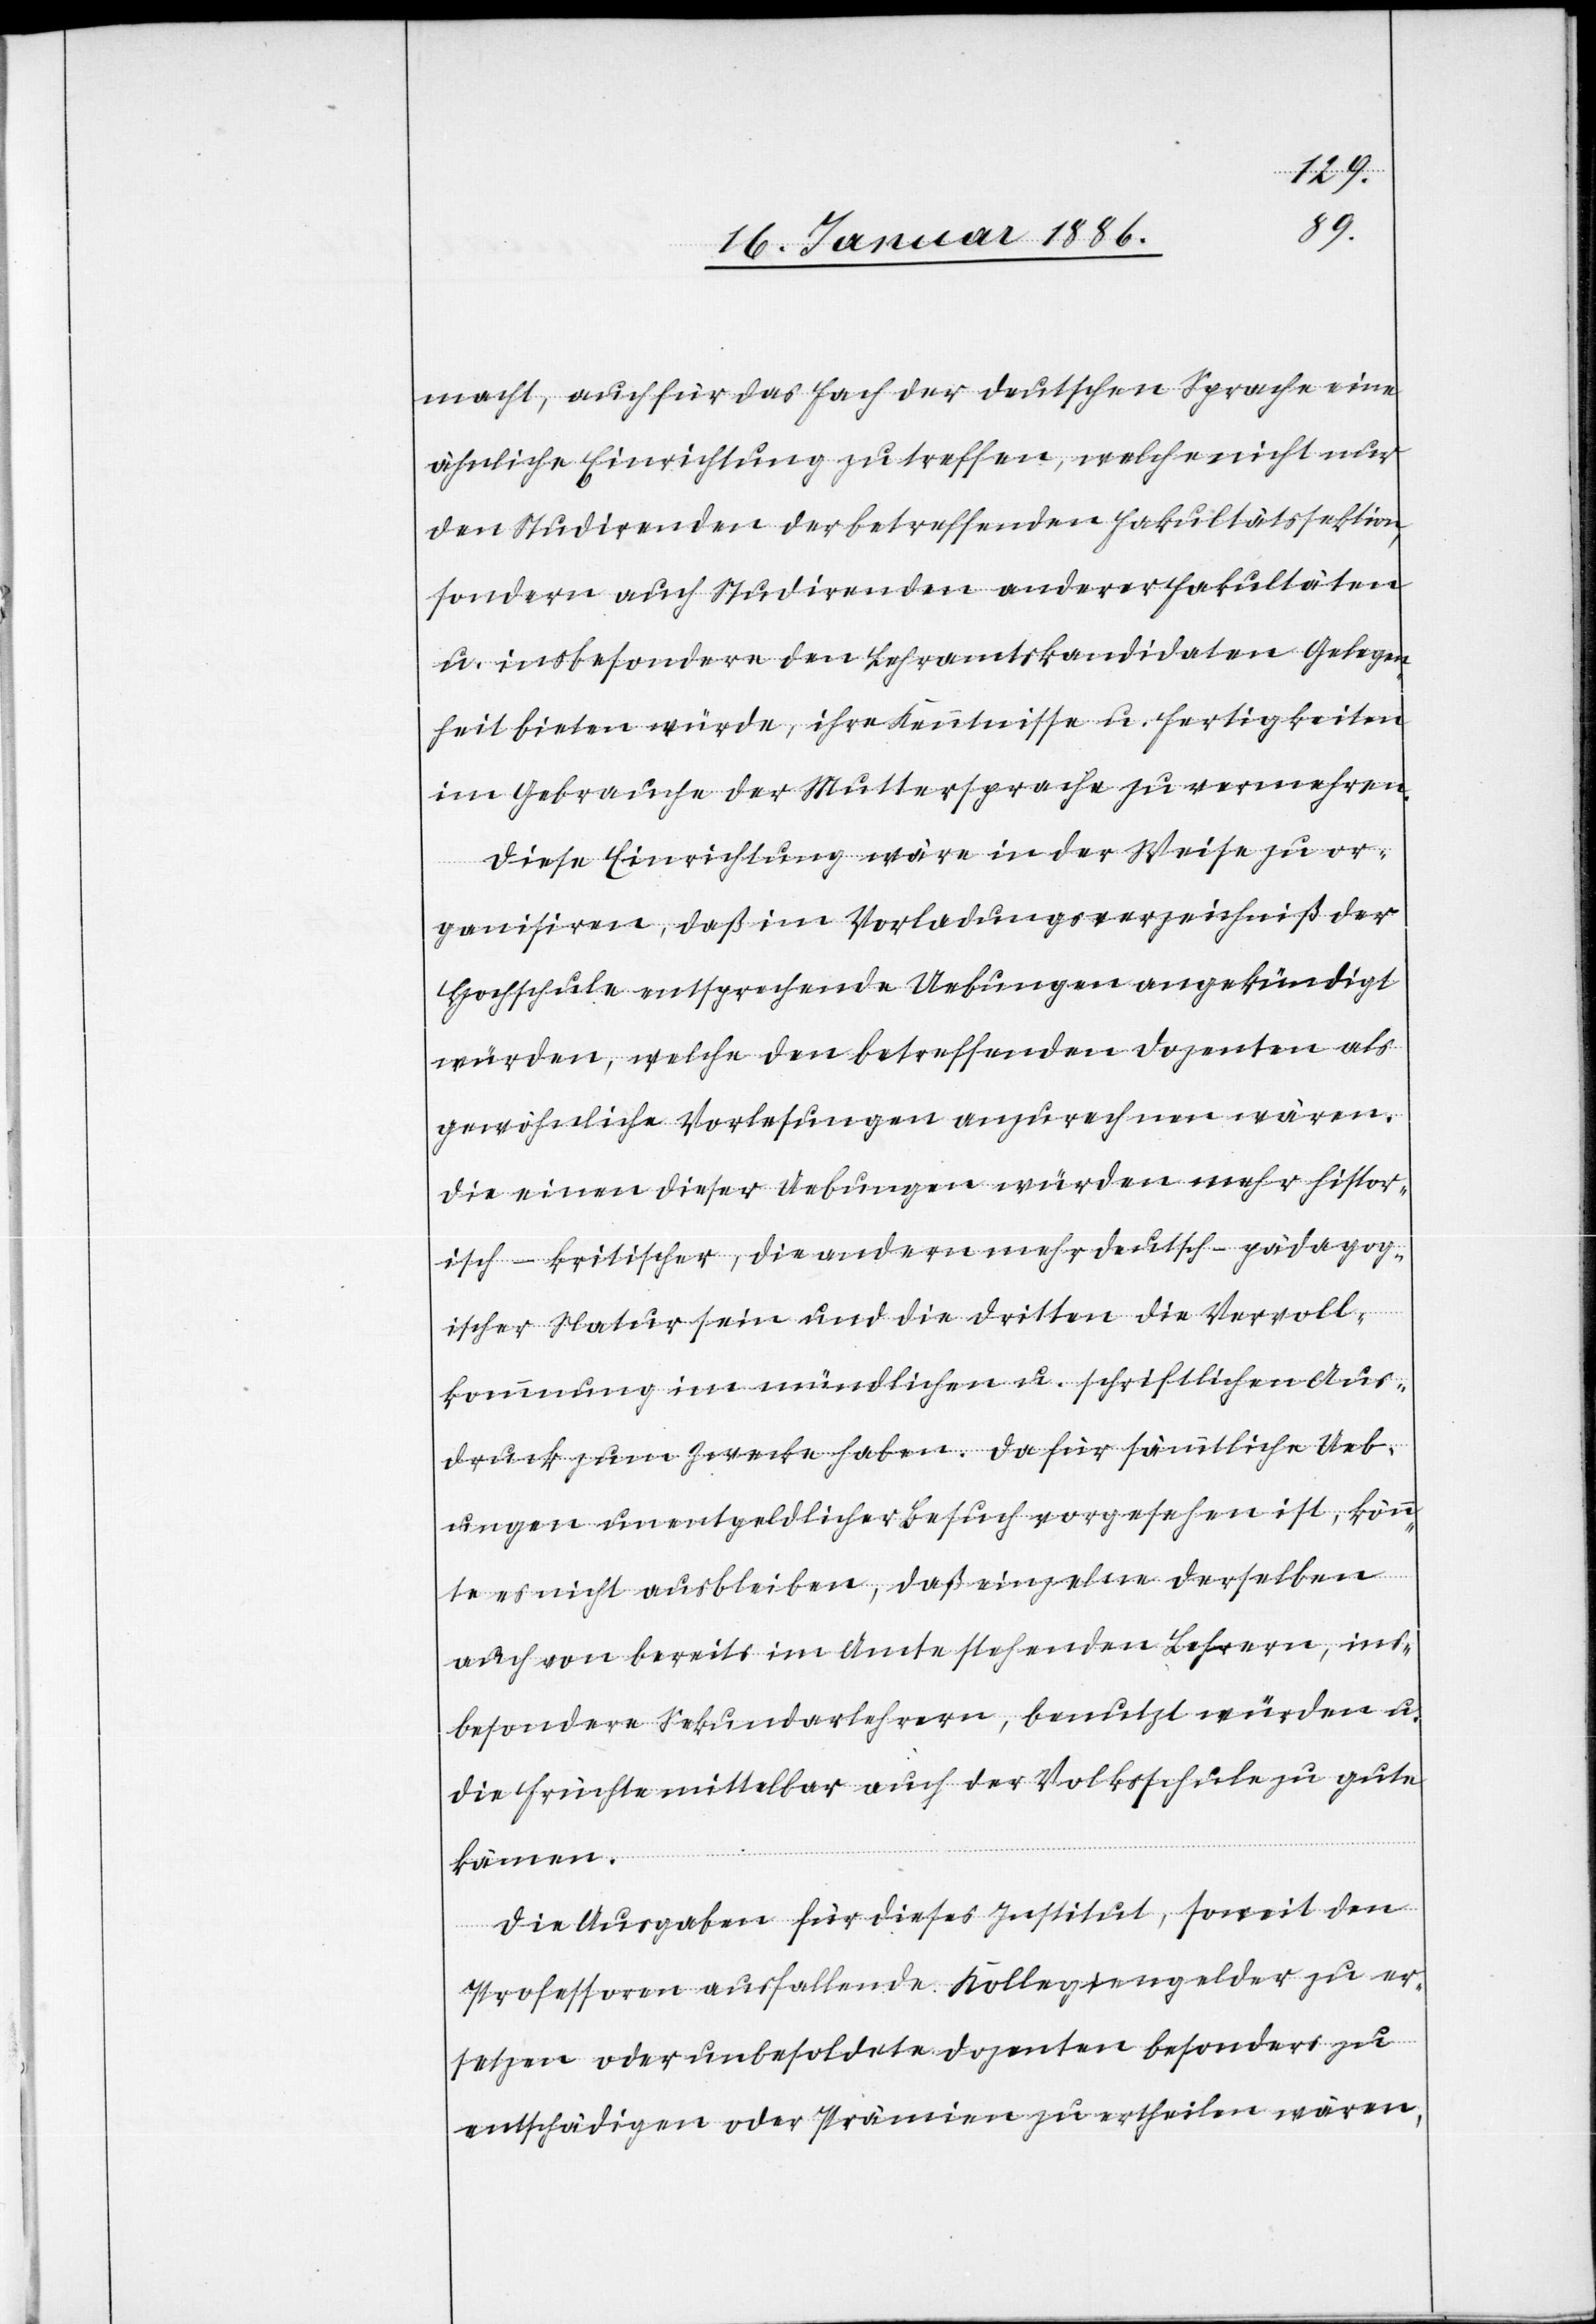
macht, auch für das Fach der deutschen Sprache eine
ähnliche Einrichtung zu treffen, welche nicht nur
den Studirenden der betreffenden Fakultätssektion,
sondern auch Studirenden anderer Fakultäten
u. insbesondere den Lehramtskandidaten Gelegen¬
heit bieten würde, ihre Kenntnisse u. Fertigkeiten
im Gebrauche der Muttersprache zu vermehren.
Diese Einrichtung wäre in der Weise zu or¬
ganisieren, daß im Vorladungsverzeichniß der
Hochschule entsprechende Uebungen angekündigt
würden, welche den betreffenden Dozenten als
gewöhnliche Vorlesungen anzurechnen wären.
Die einen dieser Uebungen würden mehr histor¬
isch-kritischer, die andern mehr deutsch-pädagog¬
ischer Natur sein und die dritten die Vervoll¬
kommnung im mündlichen u. schriftlichen Aus¬
druck zum Zwecke haben. Da für sämmtliche Ueb¬
ungen unentgeltlicher Besuch vorgesehen ist, könn¬
te es nicht ausbleiben, daß einzelne derselben
auch von bereits im Amte stehenden Lehrern, ins¬
besondere Sekundarlehrern, benutzt würden u.
die Früchte mittelbar auch der Volksschule zu Gute
kämen.
Die Ausgaben für dieses Institut, soweit den
Professoren ausfallende Kollegiengelder zu er¬
setzen oder unbesoldete Dozenten besonders zu
entschädigen oder Prämien zu ertheilen wären,